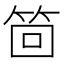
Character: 𮅊